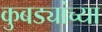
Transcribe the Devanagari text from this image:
कुबड्यांच्या